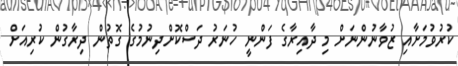
ކުރުވުމަށާއި ޒުވާނުންނަށް މި ދާއިރާގެ ފަންނީ ހުނަރު ދަސްކޮށްދިނުމުގެ ގޮތުން ދިރާގުން ކުރިއަށް